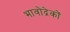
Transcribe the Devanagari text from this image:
भावोद्रेकों